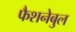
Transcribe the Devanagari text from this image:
फैशनेबुल